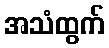
အသံထွက်